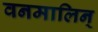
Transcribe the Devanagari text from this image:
वनमालिन्